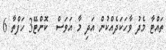
ތައްޓާ މެދު ވާހަކަދެއްކުން އަދި މާ އަވަސް  ކޮންޓޭ3 ހަފްތާ 6